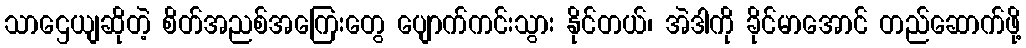
သာဌေယျဆိုတဲ့ စိတ်အညစ်အကြေးတွေ ပျောက်ကင်းသွား နိုင်တယ်၊ အဲဒါကို ခိုင်မာအောင် တည်ဆောက်ဖို့